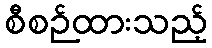
စီစဉ်ထားသည့်